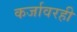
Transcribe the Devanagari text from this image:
कर्जावरही